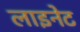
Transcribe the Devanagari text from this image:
लाइनेट